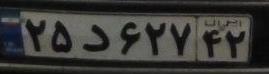
۲۵د۶۲۷۴۲